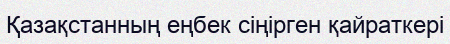
Қазақстанның еңбек сіңірген қайраткері